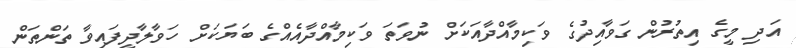
އަދި މީގެ އިތުރުން ގަވާއިދުގެ ވަކިމާއްދާއަކަށް ނުވަތަ ވަކިމާއްދާއެއްގެ ބަޔަކަށް ހަވާލާދީފައިވާ ތަންތަން